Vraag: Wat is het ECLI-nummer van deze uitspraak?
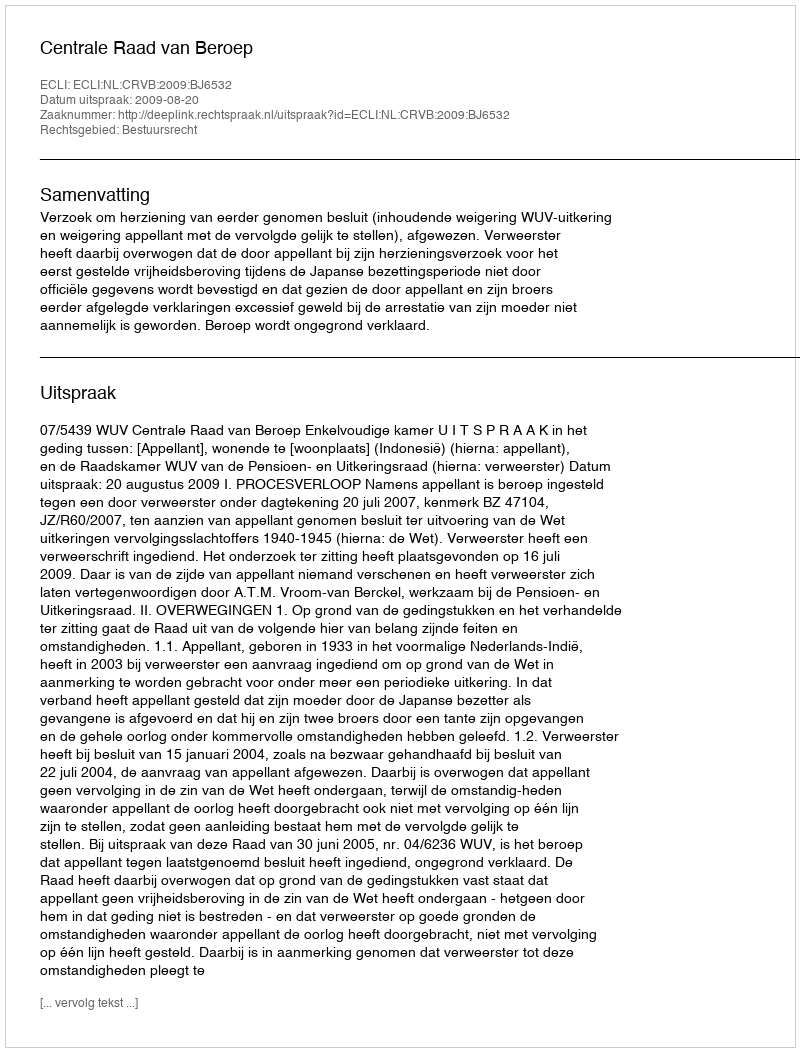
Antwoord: ECLI:NL:CRVB:2009:BJ6532